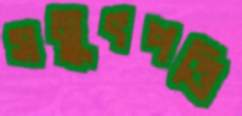
সমুৎপত্তি